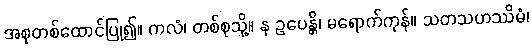
အစုတစ်ထောင်ပြု၍။ ကလံ၊ တစ်စုသို့။ န ဥပေန္တိ၊ မရောက်ကုန်။ သတသဟဿိမံ၊